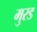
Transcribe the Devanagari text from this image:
मुरड